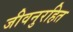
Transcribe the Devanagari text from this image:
जीवनुरहित